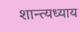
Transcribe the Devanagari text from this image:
शान्त्यध्याय